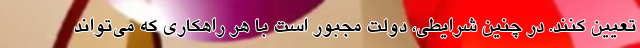
تعیین کنند. در چنین شرایطی، دولت مجبور است با هر راهکاری که می‌تواند